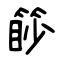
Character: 篎